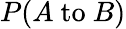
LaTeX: P(A{\mathrm{~to~}}B)